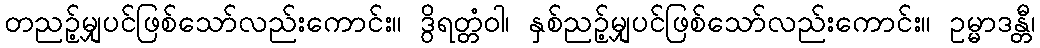
တညဉ့်မျှပင်ဖြစ်သော်လည်းကောင်း။ ဒွိရတ္တံဝါ၊ နှစ်ညဉ့်မျှပင်ဖြစ်သော်လည်းကောင်း။ ဥမ္မာဒန္တီ၊